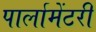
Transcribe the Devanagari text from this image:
पार्लामेंटरी